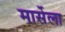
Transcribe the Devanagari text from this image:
मार्सेला